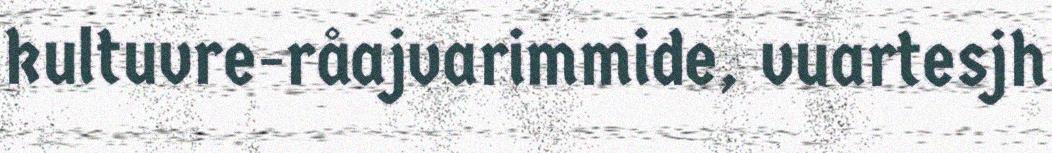
kultuvre-råajvarimmide, vuartesjh